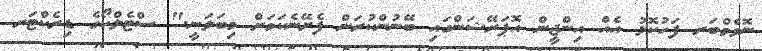
ނޮވެމްބަރ ފަހުކޮޅު އެއް އިންޖީން އޮޕަރޭޝަންގައި ބޭނުންކުރަން ފެށޭނެކަމަށް މިބަލަނީ." ސްޓެލްކޯގެ ޑިރެކްޓަރ